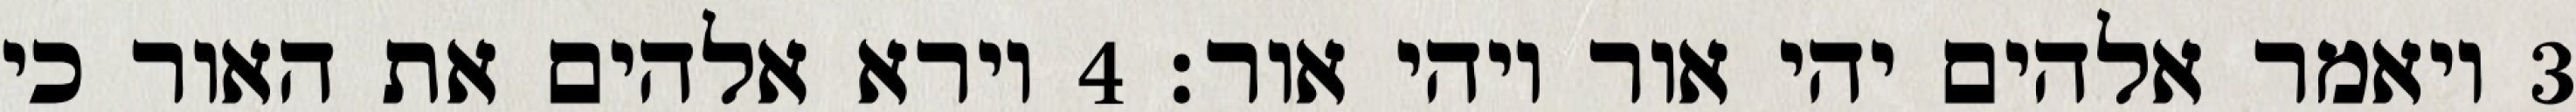
‎3‏ ויאמר אלהים יהי אור ויהי אור׃ ‎4‏ וירא אלהים את האור כי